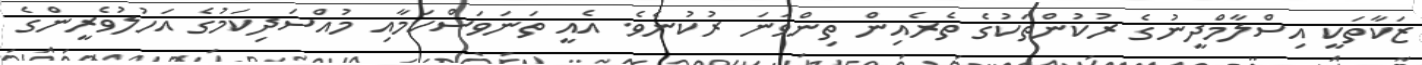
ޒަކާތަކީ އިސްލާމްދީނުގެ ރުކުންތަކުގެ ތެރެއިން ތިންވަނަ ރުކުނެވެ. އެއީ ތަނަވަސްކަމާއި މުއްސަދިކަމުގެ އަހުލުވެރީންގެ